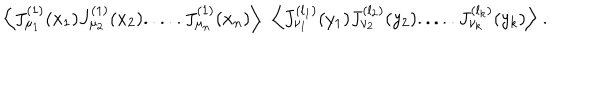
LaTeX: \Big \langle J _ { \mu _ { 1 } } ^ { ( 1 ) } ( x _ { 1 } ) J _ { \mu _ { 2 } } ^ { ( 1 ) } ( x _ { 2 } ) . . . . . J _ { \mu _ { n } } ^ { ( 1 ) } ( x _ { n } ) \Big \rangle \; \; \Big \langle J _ { \nu _ { 1 } } ^ { ( l _ { 1 } ) } ( y _ { 1 } ) J _ { \nu _ { 2 } } ^ { ( l _ { 2 } ) } ( y _ { 2 } ) . . . . . J _ { \nu _ { k } } ^ { ( l _ { k } ) } ( y _ { k } ) \Big \rangle \; .